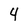
Character: 4